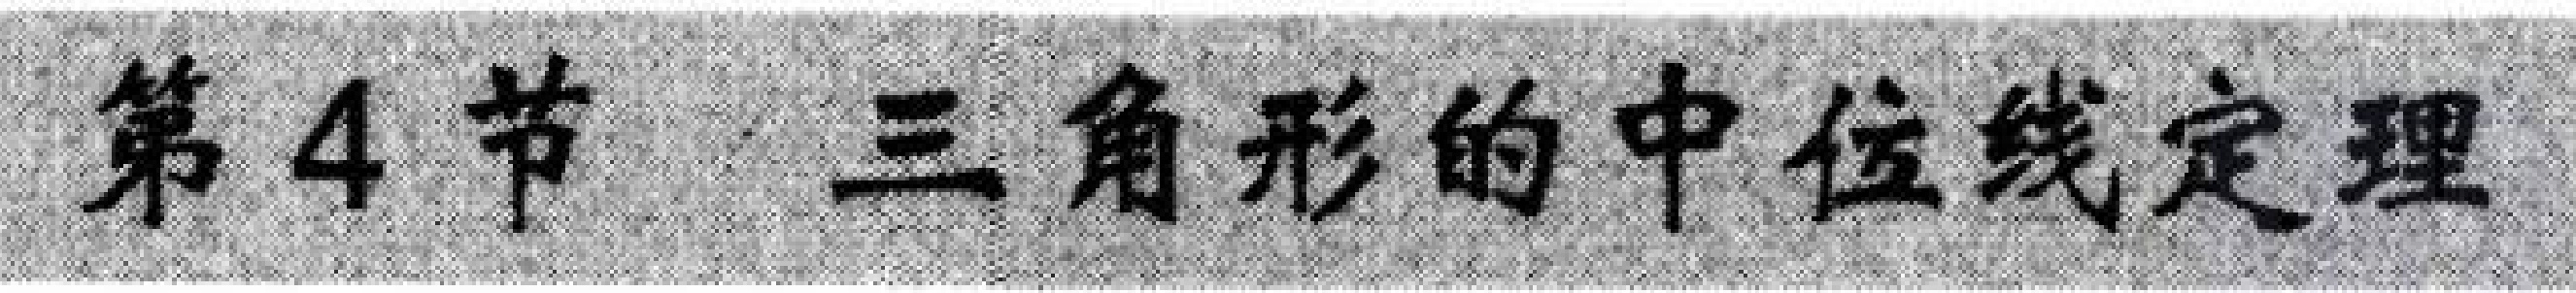
第4节 三角形的中位线定理